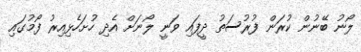
ލޯނު ބޭނުން ކުރަން ފުރުސަތު ދީފައި ވަނީ ލޯނަށް އެދި ހުށަހެޅިއިރު ފޯމުގައި